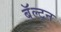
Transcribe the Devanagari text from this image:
बॅल्ट्न